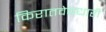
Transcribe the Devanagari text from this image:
किरातवेषधारी